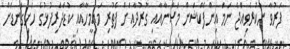
ފަރުވާ ނުކުރެވިއްޖެ ނަމަ އިންފެކްޝަން މަސާނާއާއި ގުރުދާއަށް ފެތުރި މައިމީހާއާއި ކުޑަދަރިފުޅުގެ ހަށިގަނޑަށް